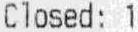
CLOSED: 1